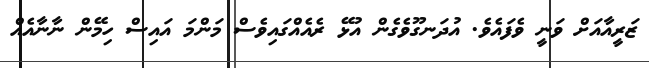
ޒަރީއާއަށް ވަނީ ވެފައެވެ. އުދަނގޫވެގެން އުޅޭ ރެއެއްގައިވެސް މަންމަ އައިސް ހިމޭން ނާނާއެއް